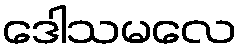
ဒေါသမလေ